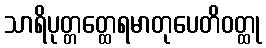
သာရိပုတ္တတ္ထေရမာတုပေတိဝတ္ထု